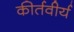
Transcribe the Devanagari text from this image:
कीर्तवीर्य